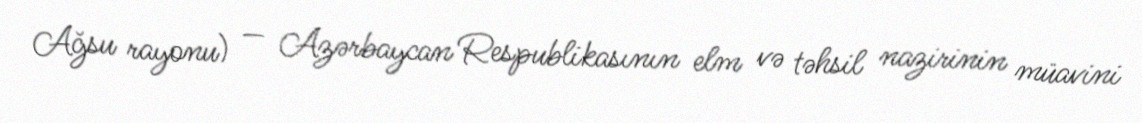
Ağsu rayonu) — Azərbaycan Respublikasının elm və təhsil nazirinin müavini